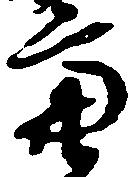
亮